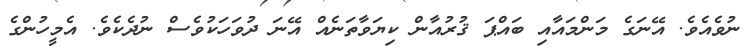
ނުވެއެވެ. އޭނަގެ މަންމައާއި ބައްޕަ ޤުރުއާން ކިޔަވާތަނެއް އޭނަ ދުވަހަކުވެސް ނުދެކެވެ. އެމީހުންގެ